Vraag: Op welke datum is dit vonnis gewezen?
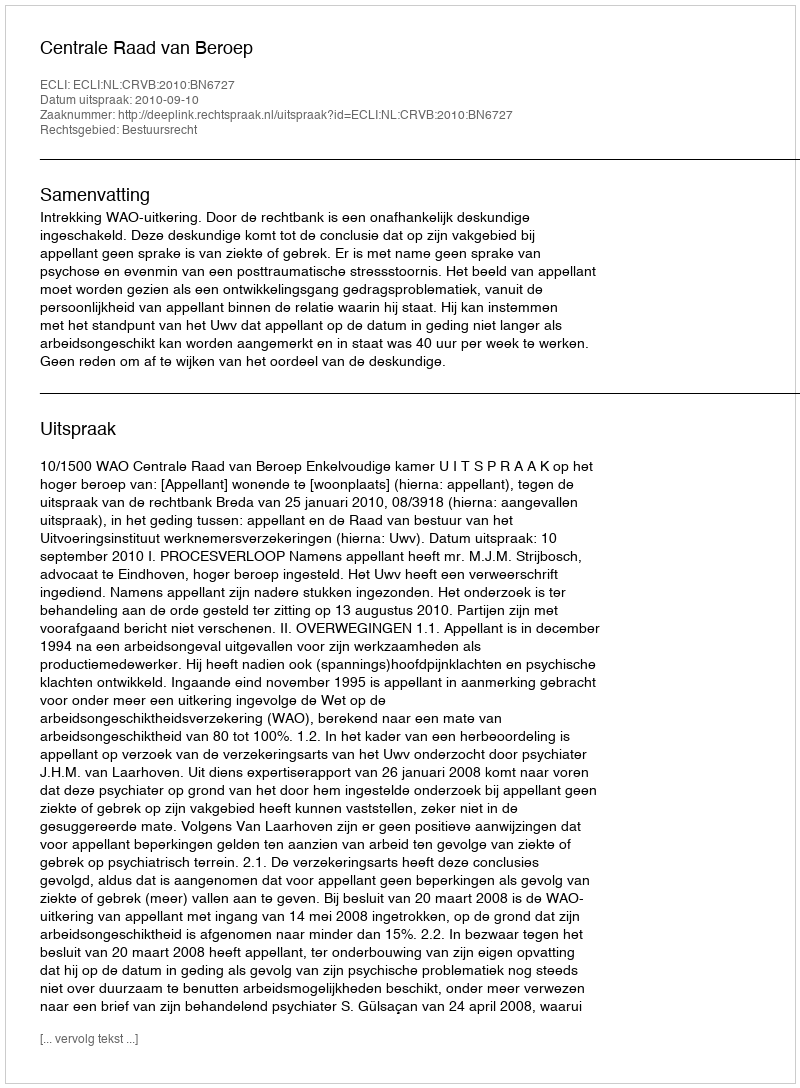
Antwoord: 2010-09-10